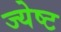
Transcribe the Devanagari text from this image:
ज्‍येष्‍ट